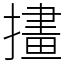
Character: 㩇